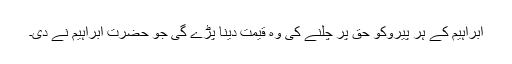
ابراہیم کے ہر پیروکو حق پر چلنے کی وہ قیمت دینا پڑے گی جو حضرت ابراہیم نے دی۔